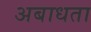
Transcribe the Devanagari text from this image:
अबाधता